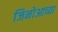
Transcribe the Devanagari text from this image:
जिनोआच्या